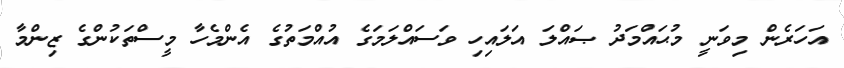
އަހަރެން މިވަނީ މުޙައްމަދު ޞައްލަ އަލައިހި ވަސައްލަމަގެ އުއްމަތުގެ އެންމެހާ މީސްތަކުންގެ ޒިންމާ